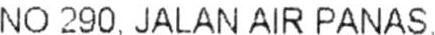
NO 290. JALAN AIR PANAS.